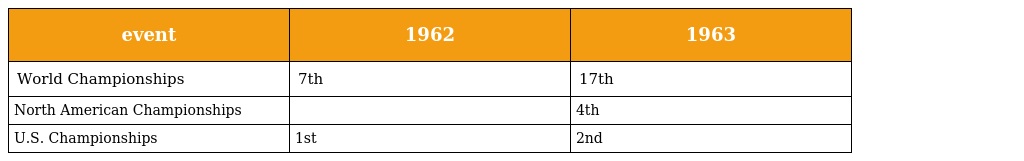
| event | 1962 | 1963 |
 | --- | --- | --- |
 | World Championships | 7th | 17th |
 | North American Championships |  | 4th |
 | U.S. Championships | 1st | 2nd |